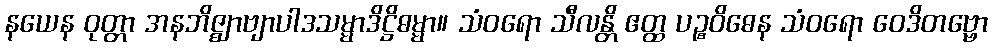
နယေန ဝုတ္တာ အနဘိဇ္ဈာဗျာပါဒသမ္မာဒိဋ္ဌိဓမ္မာ။ သံဝရော သီလန္တိ ဧတ္ထ ပဉ္စဝိဓေန သံဝရော ဝေဒိတဗ္ဗော